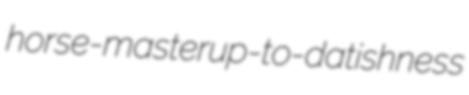
horse-master up-to-datishness